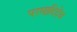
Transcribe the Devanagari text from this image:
परमादिदेव